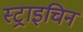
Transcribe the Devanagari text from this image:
स्ट्राइचिन